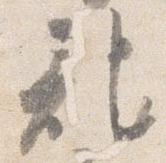
記